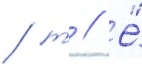
/ т // Ё́